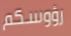
رؤوسكم